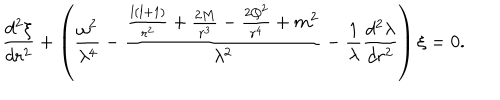
LaTeX: \frac { d ^ { 2 } \xi } { d r ^ { 2 } } + \left( \frac { \omega ^ { 2 } } { \lambda ^ { 4 } } - \frac { \frac { l ( l + 1 ) } { r ^ { 2 } } + \frac { 2 M } { r ^ { 3 } } - \frac { 2 Q ^ { 2 } } { r ^ { 4 } } + m ^ { 2 } } { \lambda ^ { 2 } } - \frac { 1 } { \lambda } \frac { d ^ { 2 } \lambda } { d r ^ { 2 } } \right) \xi = 0 .